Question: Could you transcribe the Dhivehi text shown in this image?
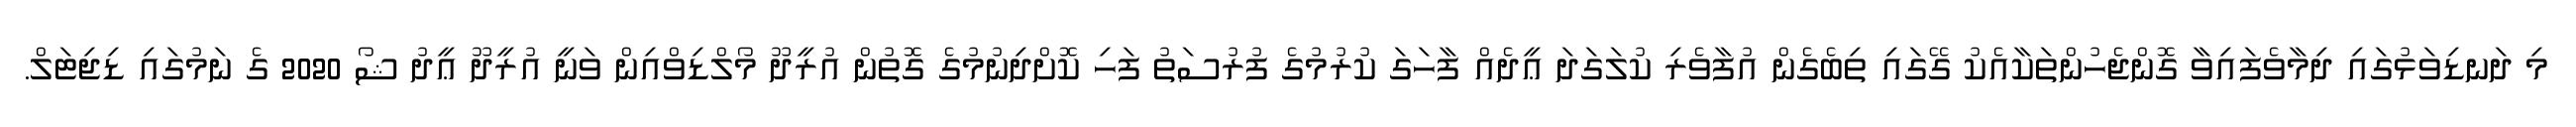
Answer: މި ދަނޑިވަޅުގައި ދިމާވެފައިވާ ގޮންޖެހުންތަކާއެކު ގޭގައި ތިބެގެން އުފާވެރި ކުލަގަދަ ޢީދެއް ފާހަގަ ކުރުމުގެ ފުރުސަތު ފަހި ކޮށްދިނުމުގެ ގޮތުން އުރީދޫ މޯލްޑިވްއިން ވަނީ އުރީދޫ ޢީދު ޝޯ 2020 ގެ ނަމުގައި ޑިޖިޓަލް.